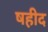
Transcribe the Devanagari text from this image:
षहीद